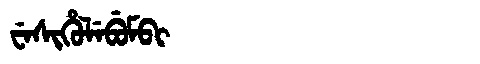
Manchu: ᠸᡝᠰᡳᡥᡠᠯᡝᠪᡠᠮᠪᡳ
Romanization: WESIHULEBUMBI